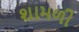
શામળી